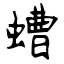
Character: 螬